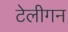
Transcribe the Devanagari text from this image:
टेलीगन